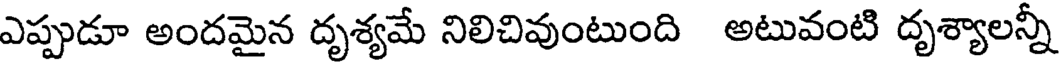
ఎప్పుడూ అందమైన దృశ్యమే నిలిచివుంటుంది అటువంటి దృశ్యాలన్నీ